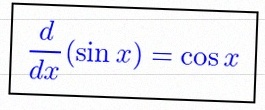
\frac{d}{dx}(\sin x)=\cos x